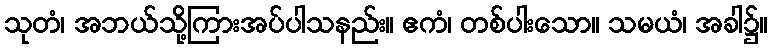
သုတံ၊ အဘယ်သို့ကြားအပ်ပါသနည်း။ ဧကံ၊ တစ်ပါးသော။ သမယံ၊ အခါ၌။